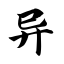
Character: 异